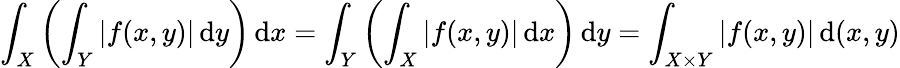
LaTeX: \int_{X}\left(\int_{Y}|f(x,y)|\, {\mathrm{d}}y\right)\, {\mathrm{d}}x=\int_{Y}\left(\int_{X}|f(x,y)|\, {\mathrm{d}}x\right)\, {\mathrm{d}}y=\int_{X\times Y}|f(x,y)|\, {\mathrm{d}}(x,y)